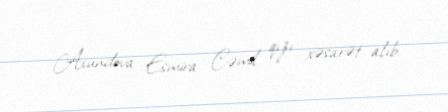
Axundova Esmira Cəmil qızı xəsarət alıb.